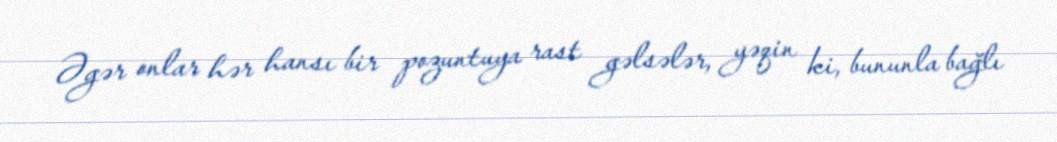
Əgər onlar hər hansı bir pozuntuya rast gəlsələr, yəqin ki, bununla bağlı